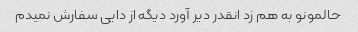
حالمونو به هم زد انقدر دیر آورد دیگه از دایی سفارش نمیدم